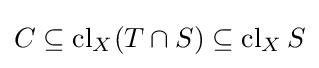
C\subseteq \operatorname {cl} _{X}(T\cap S)\subseteq \operatorname {cl} _{X}S